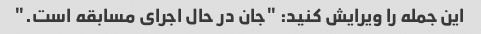
این جمله را ویرایش کنید: "جان در حال اجرای مسابقه است."